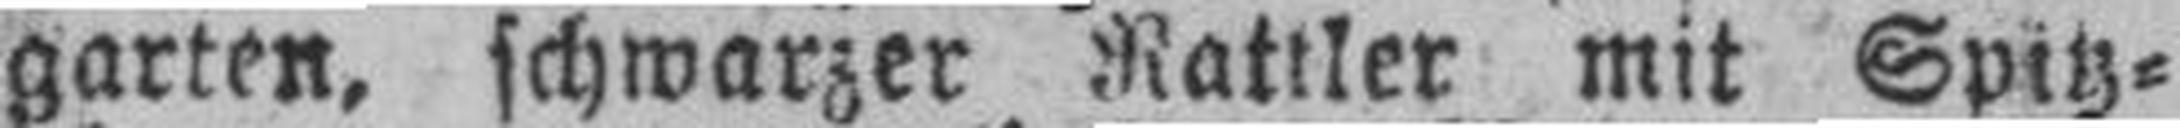
garten, schwarzer Rattler mit Spitz¬